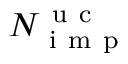
N _ { \mathrm { ~ i ~ m ~ p ~ } } ^ { \mathrm { ~ u ~ c ~ } }